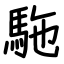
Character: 駞